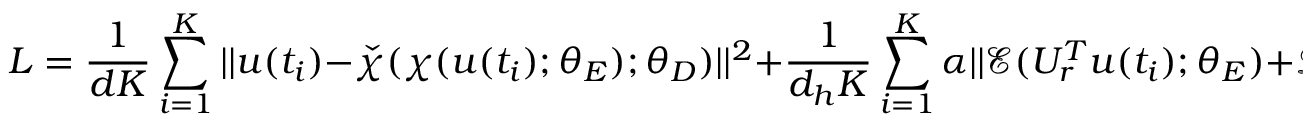
L = \frac { 1 } { d K } \sum _ { i = 1 } ^ { K } | | u ( t _ { i } ) - \check { \chi } ( \chi ( u ( t _ { i } ) ; \theta _ { E } ) ; \theta _ { D } ) | | ^ { 2 } + \frac { 1 } { d _ { h } K } \sum _ { i = 1 } ^ { K } \alpha | | \mathcal { E } ( U _ { r } ^ { T } u ( t _ { i } ) ; \theta _ { E } ) + \mathcal { D } _ { d _ { h } } ( h ( t _ { i } ) ; \theta _ { D } ) | | ^ { 2 } .